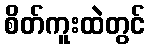
စိတ်ကူးထဲတွင်